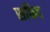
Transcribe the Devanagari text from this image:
सफिद